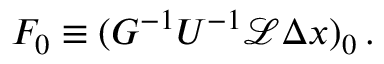
\begin{array} { r } { F _ { 0 } \equiv ( G ^ { - 1 } U ^ { - 1 } \mathcal { L } \Delta \boldsymbol { x } ) _ { 0 } \, . } \end{array}